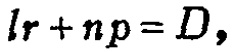
\(lr + np = D,\)